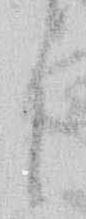
に